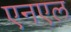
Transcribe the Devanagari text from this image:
एनएल